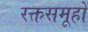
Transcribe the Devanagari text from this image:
रक्तसमूहों